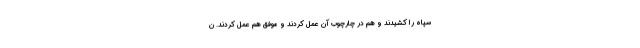
سپاه را کشیدند و هم در چارچوب آن عمل کردند و موفق هم عمل کردند. ن